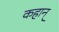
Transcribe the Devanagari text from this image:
कहान्